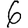
Digit: 6